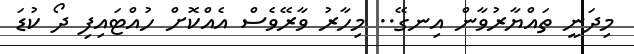
މިދަނީ ތައްޔާރުވާން އިނގޭ.. މިހާރު ވާރޭވެސް އެއްކޮށް ހުއްޓައިފި ދޯ ކުޑަ